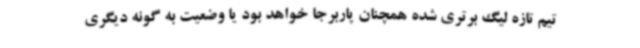
تیم تازه لیگ برتری شده همچنان پاربرجا خواهد بود یا وضعیت به گونه دیگری